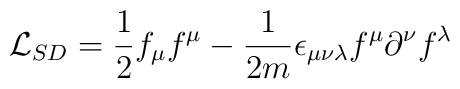
{\cal L}_{SD} = \frac{1}{2}f_{\mu}f^{\mu} - \frac{1}{2m} \epsilon_{\mu \nu \lambda}f^{\mu}\partial^{\nu}f^{\lambda}